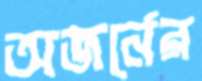
অজর্নের